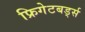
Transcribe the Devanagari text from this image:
फ्रिगेटबर्ड्स